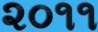
૨૦૧૧